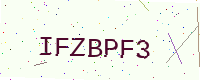
Text: IFZBPF3